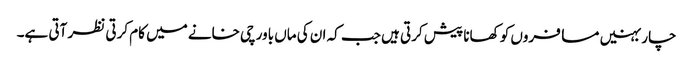
چار بہنیں مسافروں کو کھانا پیش کرتی ہیں جب کہ ان کی ماں باورچی خانے میں کام کرتی نظر آتی ہے۔